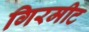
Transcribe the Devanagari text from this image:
गिरमीट